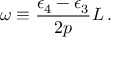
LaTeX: \omega \equiv \frac { \epsilon _ { 4 } - \epsilon _ { 3 } } { 2 p } L \, .